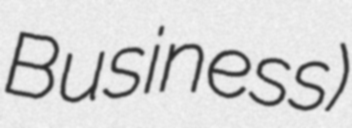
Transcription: Business)